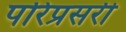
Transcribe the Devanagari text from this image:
परिप्रसरी